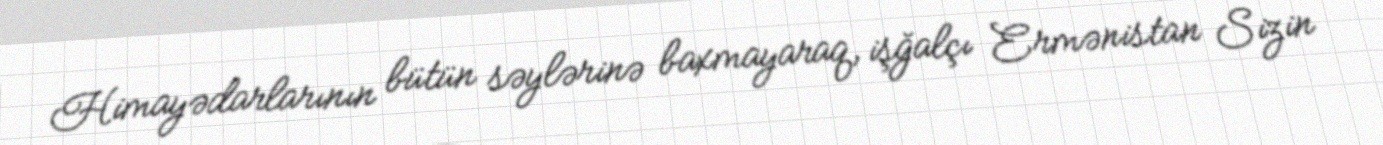
Himayədarlarının bütün səylərinə baxmayaraq, işğalçı Ermənistan Sizin